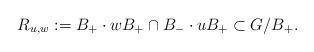
LaTeX: \begin{align*}R_{u,w} := B_+ \cdot w B_+ \cap B_- \cdot u B_+ \subset G/B_+.\end{align*}